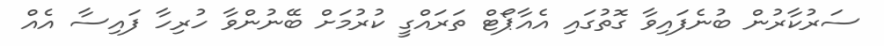
ސަރުކާރުން ބުނެފައިވާ ގޮތުގައި އެއާޕޯޓް ތަރައްގީ ކުރުމަށް ބޭނުންވާ ހުރިހާ ފައިސާ އެއް